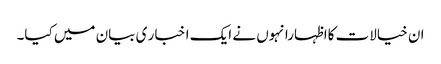
ان خیالات کااظہارانہوں نے ایک ا خبا ر ی بیان میں کیا۔